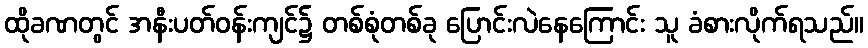
ထိုခဏတွင် အနီးပတ်ဝန်းကျင်၌ တစ်စုံတစ်ခု ပြောင်းလဲနေကြောင်း သူ ခံစားလိုက်ရသည်။